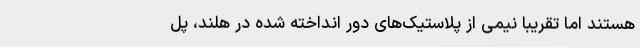
هستند اما تقریباً نیمی از پلاستیک‌های دور انداخته شده در هلند، پل